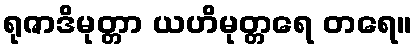
ရုဇာဒိမုတ္တာ ယဟိမုတ္တရေ တရေ။